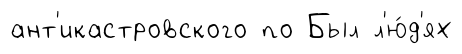
ант'икастровского по Был л'ю́д'ях